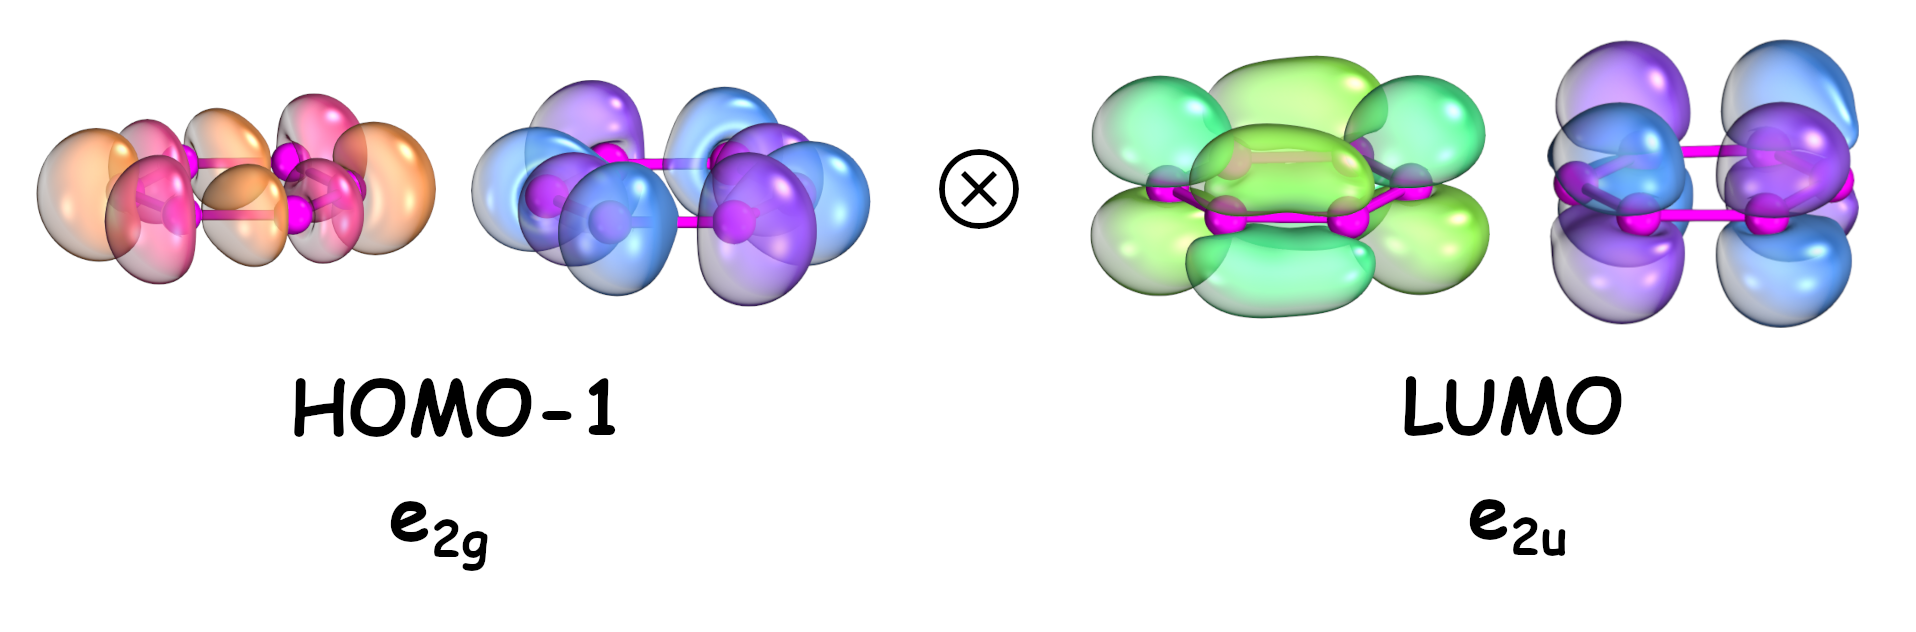
iboview, orbital